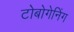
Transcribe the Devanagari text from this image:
टोबोगेनिंग